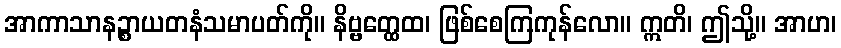
အာကာသာနဉ္စာယတနံသမာပတ်ကို။ နိဗ္ဗတ္ထေထ၊ ဖြစ်စေကြကုန်လော။ ဣတိ၊ ဤသို့။ အာဟ၊